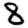
Digit: 8